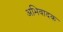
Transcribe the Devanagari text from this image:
अभिवादक